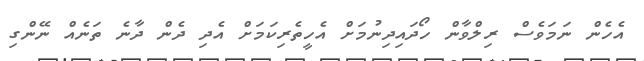
އެހެން ނަމަވެސް ރިލްވާން ހޯދައިދިނުމަށް އެހީތެރިކަމަށް އެދި ދެން ދާނެ ތަނެއް ނޭންގި